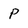
Character: P